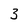
Character: 3